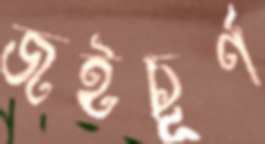
জইচূর্ণ